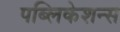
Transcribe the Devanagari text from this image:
पब्‍लिकेशन्‍स